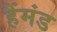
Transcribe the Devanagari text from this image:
हैंमंड